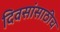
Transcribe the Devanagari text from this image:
दिवसांसाठीच